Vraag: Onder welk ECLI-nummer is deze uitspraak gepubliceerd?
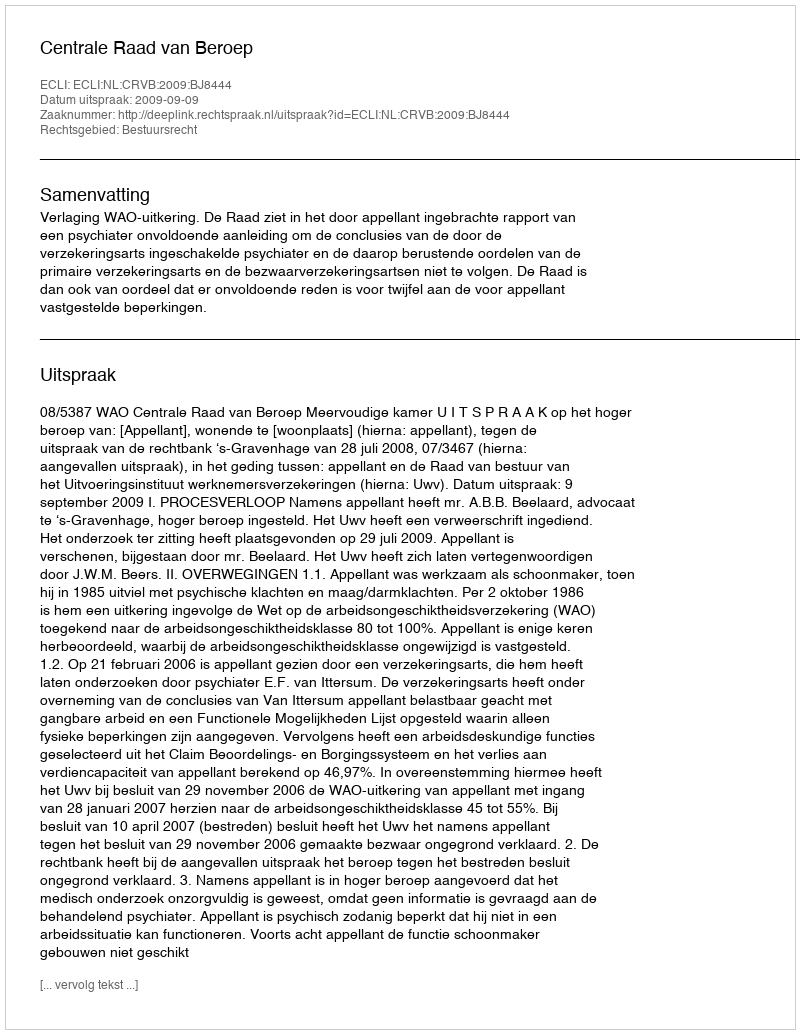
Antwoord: ECLI:NL:CRVB:2009:BJ8444